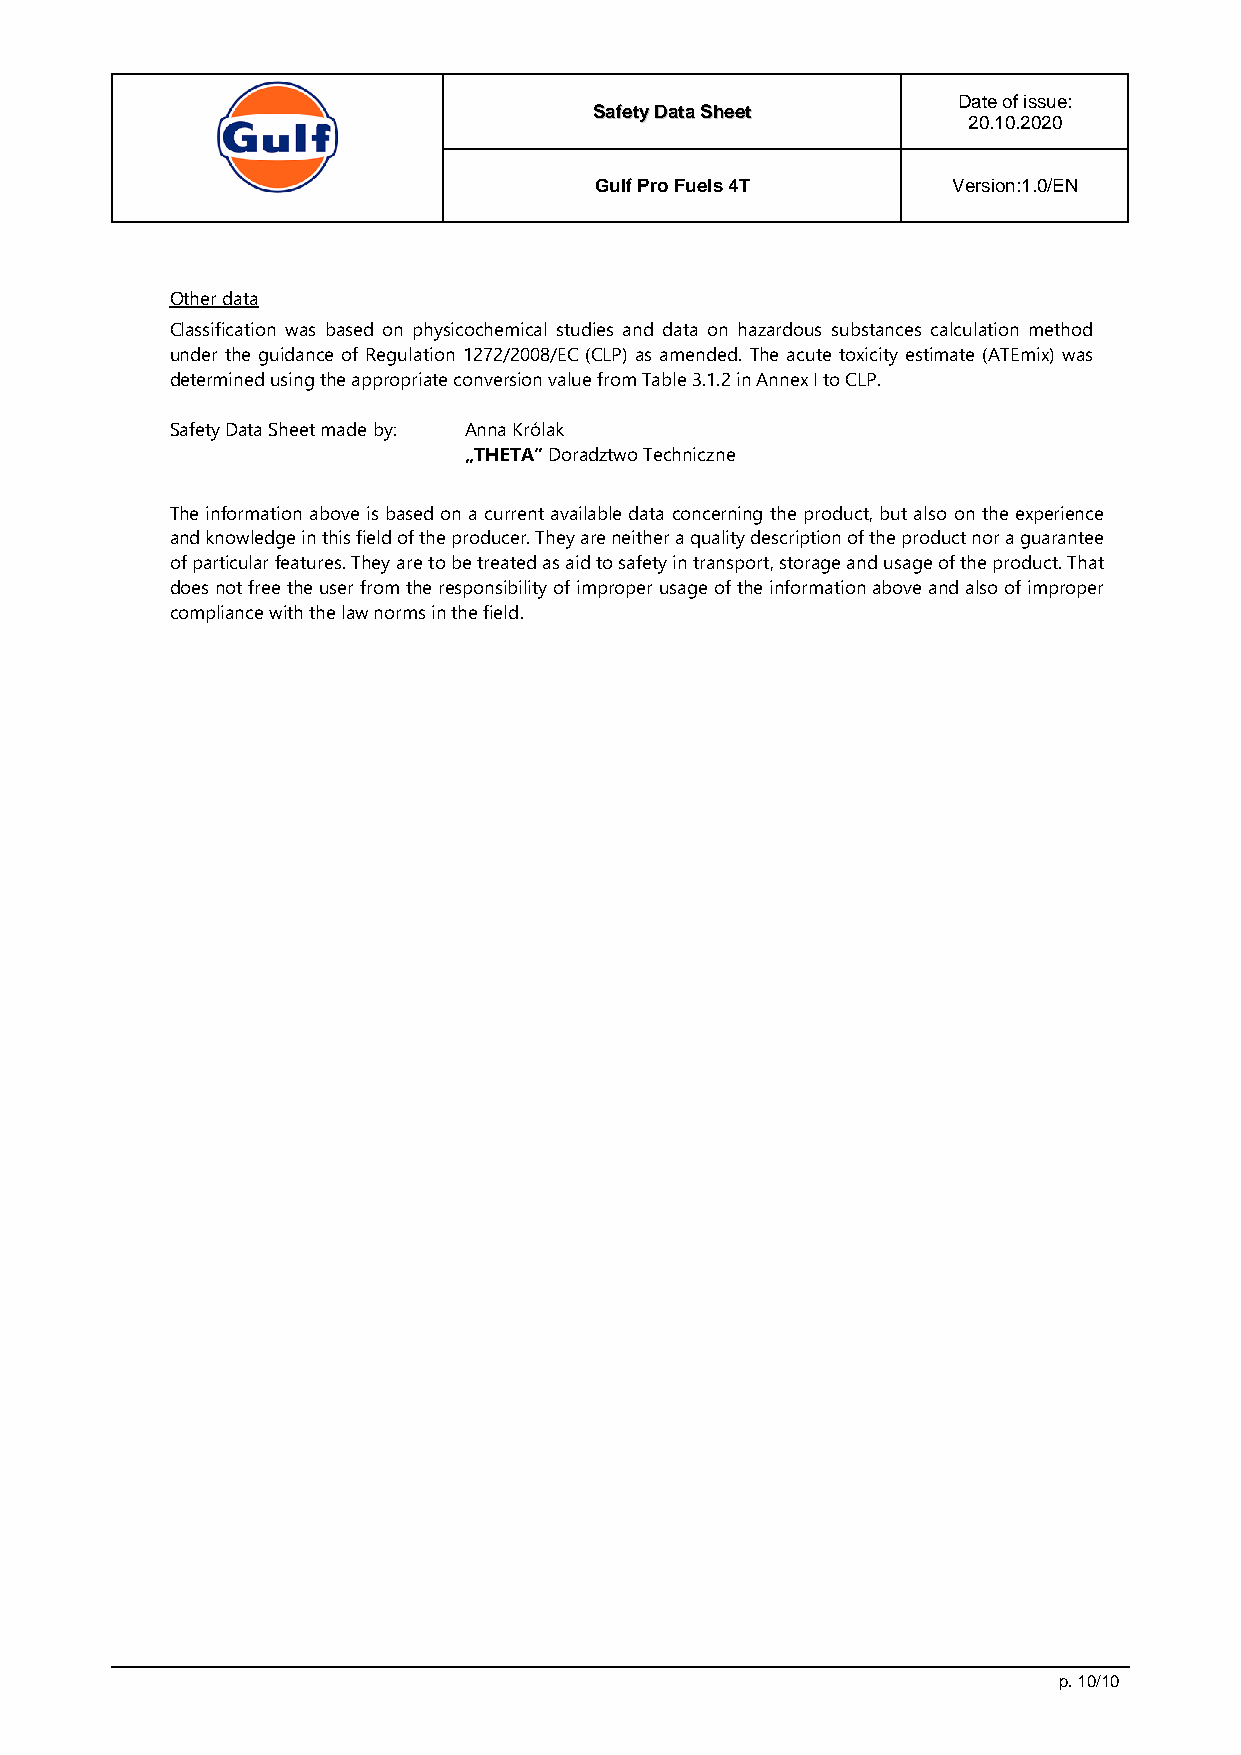
Date of issue:
 SSaaffeettyy DDaattaa SShheeeett
 20.10.2020
 Gulf Pro Fuels 4T       Version:1.0/EN
 Other data
 Classification was based on physicochemical studies and data on hazardous substances calculation method
 under the guidance of Regulation 1272/2008/EC (CLP) as amended. The acute toxicity estimate (ATEmix) was
 determined using the appropriate conversion value from Table 3.1.2 in Annex I to CLP.
 Safety Data Sheet made by: Anna Królak
 „THETA” Doradztwo Techniczne
 The information above is based on a current available data concerning the product, but also on the experience
 and knowledge in this field of the producer. They are neither a quality description of the product nor a guarantee
 of particular features. They are to be treated as aid to safety in transport, storage and usage of the product. That
 does not free the user from the responsibility of improper usage of the information above and also of improper
 compliance with the law norms in the field.
 p. 10/10